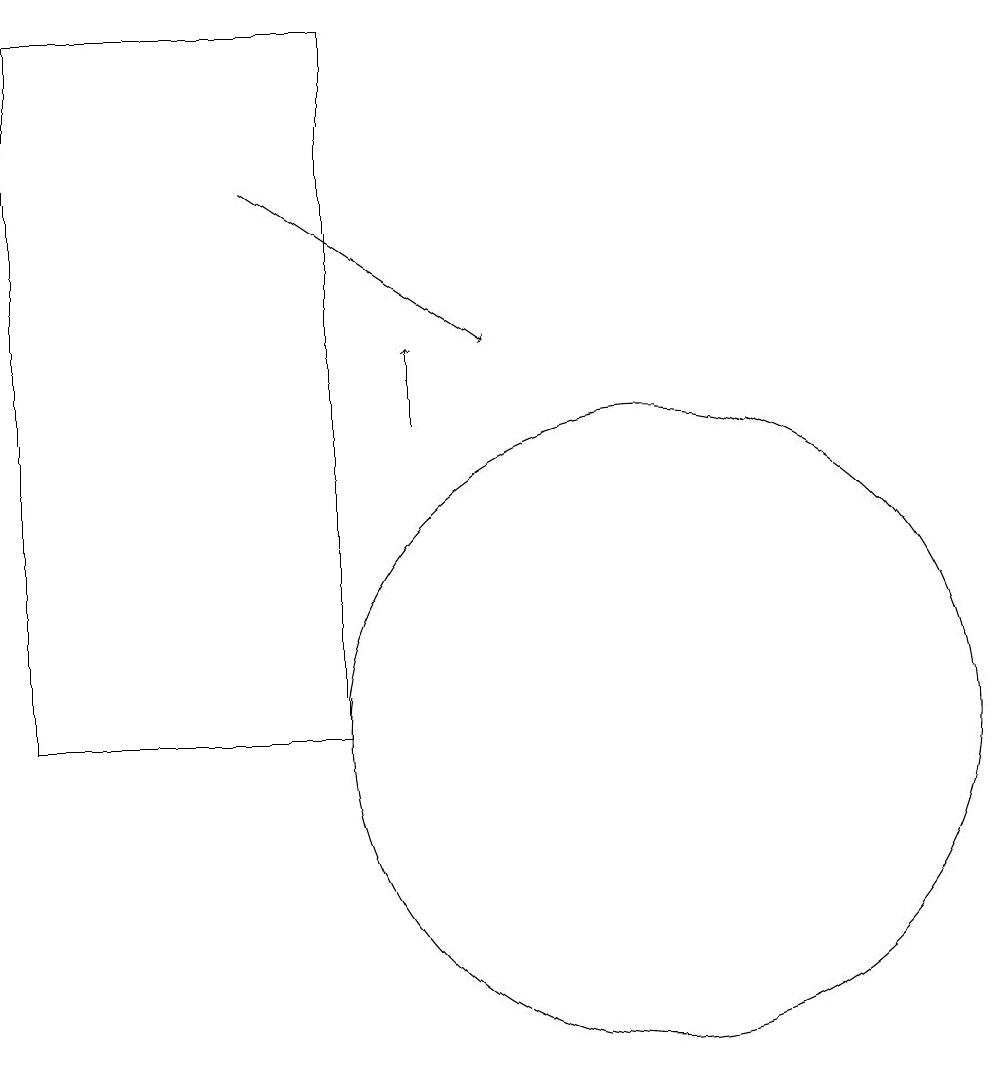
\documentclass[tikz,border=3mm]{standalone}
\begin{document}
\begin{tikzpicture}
\draw[->] (6,17) -- (9,15);
\draw[->] (8,14) -- (8,15);
\draw (11,10) circle (4);
\draw (7,10) rectangle (3,19);
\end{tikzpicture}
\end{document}